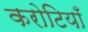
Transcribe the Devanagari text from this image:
करोटियाँ